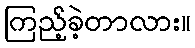
ကြည့်ခဲ့တာလား။